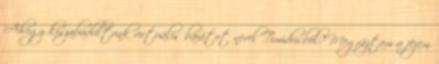
Ahogy kiszabadultunk virtuális barátot nevel Timidusból? Megráztam a fejem